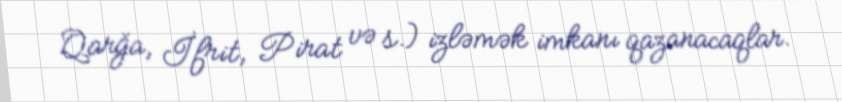
Qarğa, İfrit, Pirat və s.) izləmək imkanı qazanacaqlar.